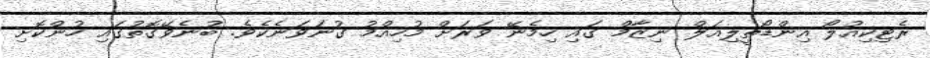
ރެޓިކިއުލޯ އިންޑޯތީލިއަލް ނިޒާމް ގައި ހިމެނޭ ވަރަށް މުހިއްމު ގުނަވަނެކެވެ. ބުނެވޭގޮތުގައި ހުންކޮށި